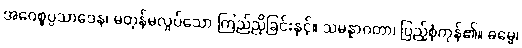
အဝေစ္စပ္ပသာဒေန၊ မတုန်မလှုပ်သော ကြည်ညိုခြင်းနှင့်။ သမန္နာဂတာ၊ ပြည့်စုံကုန်၏။ ဓမ္မေ၊